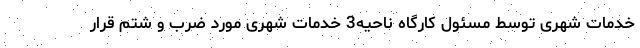
خدمات شهری توسط مسئول کارگاه ناحیه3 خدمات شهری مورد ضرب و شتم قرار